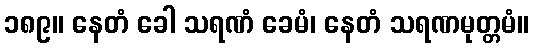
၁၈၉။ နေတံ ခေါ သရဏံ ခေမံ၊ နေတံ သရဏမုတ္တမံ။